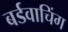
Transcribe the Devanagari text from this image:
बर्डवाचिंग